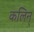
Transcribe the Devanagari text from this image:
कलिन्